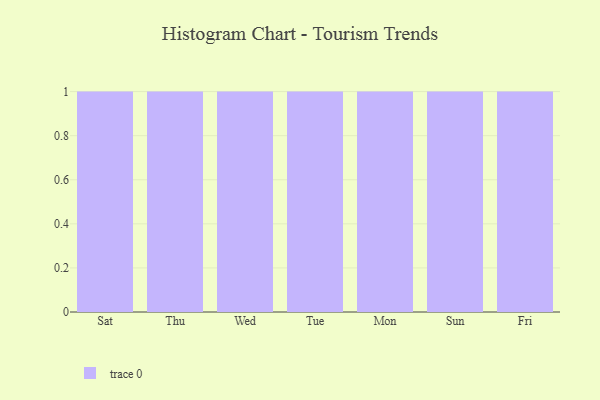
{"axis": {"x": "Day", "y": "Backlog"}, "legend": [""], "data": [{"x": "Sat", "y": 42, "type": ""}, {"x": "Thu", "y": 16, "type": ""}, {"x": "Wed", "y": 91, "type": ""}, {"x": "Tue", "y": 62, "type": ""}, {"x": "Mon", "y": 17, "type": ""}, {"x": "Sun", "y": 28, "type": ""}, {"x": "Fri", "y": 30, "type": ""}]}